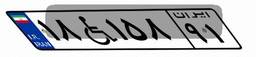
۱۸W۱۵۸۹۱